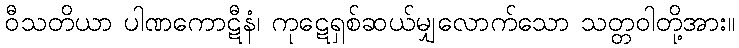
ဝီသတိယာ ပါဏကောဋီနံ၊ ကုဋေရှစ်ဆယ်မျှလောက်သော သတ္တဝါတို့အား။